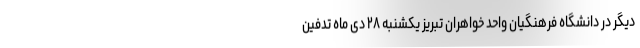
دیگر در دانشگاه فرهنگیان واحد خواهران تبریز یکشنبه ۲۸ دی ماه تدفین